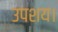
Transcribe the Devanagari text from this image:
उपशय।